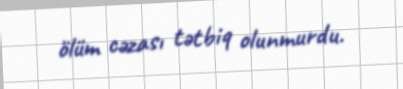
ölüm cəzası tətbiq olunmurdu.